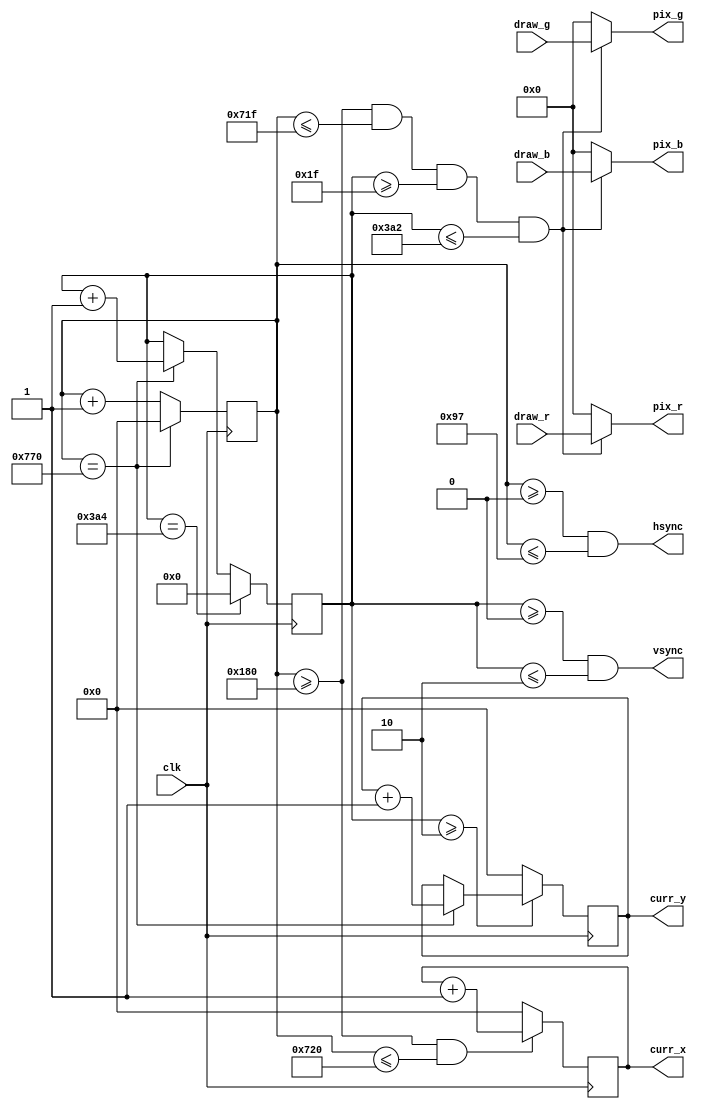
`timescale 1ns / 1ps
//////////////////////////////////////////////////////////////////////////////////
// Company: 
// Engineer: 
// 
// Design Name: 
// Module Name: vga_out
// Project Name: 
// Target Devices: 
// Tool Versions: 
// Description: 
// 
// Dependencies: 
// 
// Revision:
// Revision 0.01 - File Created
// Additional Comments:
// 
//////////////////////////////////////////////////////////////////////////////////


/* 
    NOTE YOU WILL NEED TO FIX THE MISSING SECTIONS OF VERILOG BEFORE THIS WILL RUN
*/

module vga_out(
    input clk,
    input [3:0] draw_r,
    input [3:0] draw_g,
    input [3:0] draw_b,
    output [3:0] pix_r,
    output [3:0] pix_g,
    output [3:0] pix_b,
    output [10:0] curr_x,
    output [10:0] curr_y,
    output hsync,
    output vsync
    );
    
//    wire pixclk;
    
    reg [10:0] curr_x_r, curr_y_r = 0;
    
    
//    clk_wiz_0 instance_name(.clk_out1(pixclk),.clk_in1(clk));
    
    reg [10:0] hcount = 0;
    reg [9:0] vcount = 0;
    
    
    wire line_end = (hcount == 11'd1904);
    wire frame_end = (vcount == 10'd932);

    assign display_region = ((hcount >= 11'd384) && (hcount <= 11'd1823) && (vcount >= 10'd31) && (vcount <= 10'd930));
    assign hsync = ((hcount >= 11'd0) && (hcount <= 11'd151));
    assign vsync = ((vcount >= 10'd0) && (vcount <= 10'd2));
        
    // condition ? if true : if false
    assign pix_r = (display_region) ? draw_r : 4'b0000;
    assign pix_g = (display_region) ? draw_g : 4'b0000;
    assign pix_b = (display_region) ? draw_b : 4'b0000;
      
    always@(posedge clk) begin
        if(line_end) begin
            hcount <= 11'd0;
        end else begin
            hcount <= hcount + 1;
        end
    end
    
    always@(posedge clk) begin
        if(frame_end) begin
            vcount <= 10'd0;
        end else begin
            if(line_end) begin
                vcount <= vcount + 1;
            end
        end
    end
    
    // curr_x
    always@(posedge clk) begin
        if((hcount >= 11'd384) && (hcount<= 11'd1824)) begin
            curr_x_r <= curr_x_r + 1;
        end else begin
            curr_x_r <= 11'd0;
        end
    end
    
    // curr_y
    always@(posedge clk) begin
        if(vcount >= 2) begin
            if(line_end) curr_y_r <= curr_y_r + 11'd1;
            else curr_y_r <= curr_y_r;
        end
        else curr_y_r <= 11'd0;
    end
    
    assign curr_x = curr_x_r;
    assign curr_y = curr_y_r;
    
endmodule